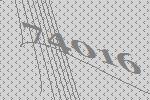
74016